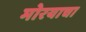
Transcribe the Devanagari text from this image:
मोरयाचा